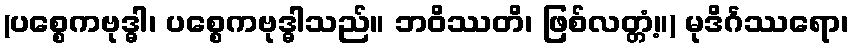
(ပစ္စေကဗုဒ္ဓါ၊ ပစ္စေကဗုဒ္ဓါသည်။ ဘဝိဿတိ၊ ဖြစ်လတ္တံ့။) မုဒိင်္ဂဿရော၊